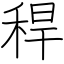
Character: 稈